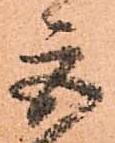
巨